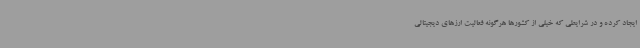
ایجاد کرده و در شرایطی که خیلی از کشورها هرگونه فعالیت ارزهای دیجیتالی